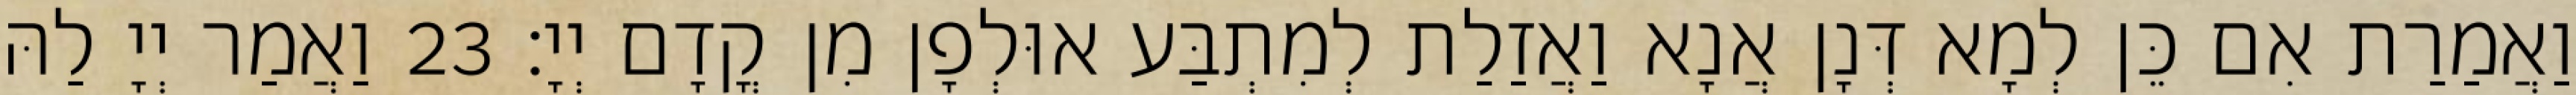
וַאֲמַרַת אִם כֵּן לְמָא דְּנָן אֲנָא וַאֲזַלַת לְמִתְבַּע אוּלְפָן מִן קֳדָם יְיָ׃ 23 וַאֲמַר יְיָ לַהּ